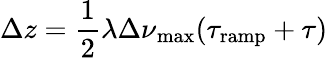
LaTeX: \Delta z=\frac{1}{2}\lambda\Delta\nu\mathrm{_{max}}(\tau_{\mathrm{ramp}}+\tau)